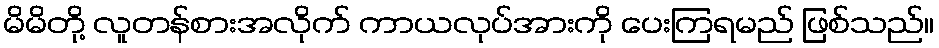
မိမိတို့ လူတန်စားအလိုက် ကာယလုပ်အားကို ပေးကြရမည် ဖြစ်သည်။